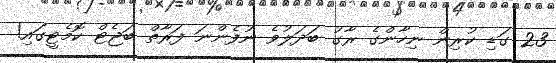
23 ގަޑި ކުރިން ނިހާންގެ ރާގު ބަދަލުވެ ނުފެންނަ ފަރާތް ބަޖެޓް ކޮމެޓީގައި!